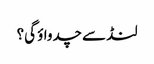
لنڈ سے چدواؤ گی؟